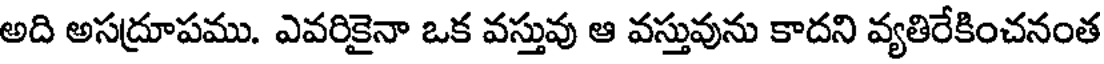
అది అసద్రూపము. ఎవరికైనా ఒక వస్తువు ఆ వస్తువును కాదని వ్యతిరేకించనంత